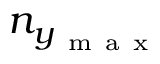
n _ { y _ { \mathrm { ~ m ~ a ~ x ~ } } }